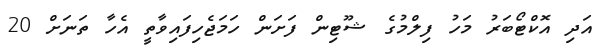
އަދި އޮކްޓޯބަރު މަހު ފިލްމުގެ ޝޫޓިން ފަށަން ހަމަޖެހިފައިވާތީ އެހާ ތަނަށް 20